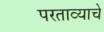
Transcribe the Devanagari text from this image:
परताव्याचे